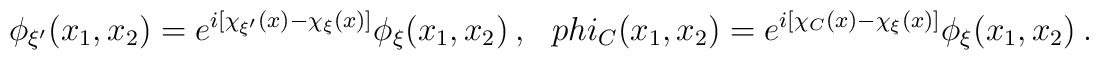
\phi_{\xi'}(x_1,x_2)=e^{i[\chi_{\xi'}(x)-\chi_{\xi}(x)]} \phi_{\xi}(x_1,x_2)\ ,\ \ \ \ \\phi_C(x_1,x_2) = e^{i[\chi_C(x)-\chi_{\xi}(x)]} \phi_{\xi}(x_1,x_2)\ .